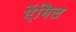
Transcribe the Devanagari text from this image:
ऐंगिल